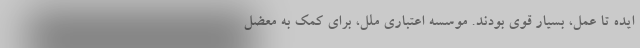
ایده تا عمل، بسیار قوی بودند. موسسه اعتباری ملل، برای کمک به معضل